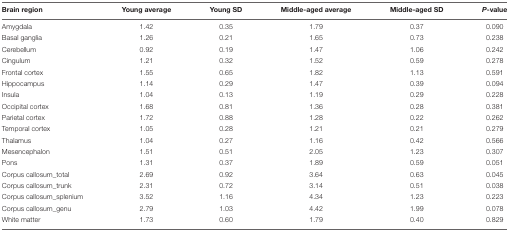
| Brain region | Young average | Young SD | Middle-aged average | Middle-aged SD | P-value |
 | --- | --- | --- | --- | --- | --- |
 | Amygdala | 1.42 | 0.35 | 1.79 | 0.37 | 0.090 |
 | Basal ganglia | 1.26 | 0.21 | 1.65 | 0.73 | 0.238 |
 | Cerebellum | 0.92 | 0.19 | 1.47 | 1.06 | 0.242 |
 | Cingulum | 1.21 | 0.32 | 1.52 | 0.59 | 0.278 |
 | Frontal cortex | 1.55 | 0.65 | 1.82 | 1.13 | 0.591 |
 | Hippocampus | 1.14 | 0.29 | 1.47 | 0.39 | 0.094 |
 | Insula | 1.04 | 0.13 | 1.19 | 0.29 | 0.228 |
 | Occipital cortex | 1.68 | 0.81 | 1.36 | 0.28 | 0.381 |
 | Parietal cortex | 1.72 | 0.88 | 1.28 | 0.22 | 0.262 |
 | Temporal cortex | 1.05 | 0.28 | 1.21 | 0.21 | 0.279 |
 | Thalamus | 1.04 | 0.27 | 1.16 | 0.42 | 0.566 |
 | Mesencephalon | 1.51 | 0.51 | 2.05 | 1.23 | 0.307 |
 | Pons | 1.31 | 0.37 | 1.89 | 0.59 | 0.051 |
 | Corpus callosum_total | 2.69 | 0.92 | 3.64 | 0.63 | 0.045 |
 | Corpus callosum_trunk | 2.31 | 0.72 | 3.14 | 0.51 | 0.038 |
 | Corpus callosum_splenium | 3.52 | 1.16 | 4.34 | 1.23 | 0.223 |
 | Corpus callosum_genu | 2.79 | 1.03 | 4.42 | 1.99 | 0.078 |
 | White matter | 1.73 | 0.60 | 1.79 | 0.40 | 0.829 |